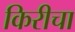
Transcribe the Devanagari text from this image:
किरीचा